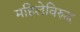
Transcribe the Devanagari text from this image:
महिलेविरुद्ध